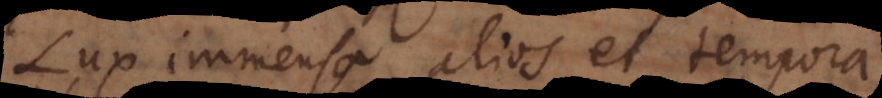
Lux immensa alios et tempora